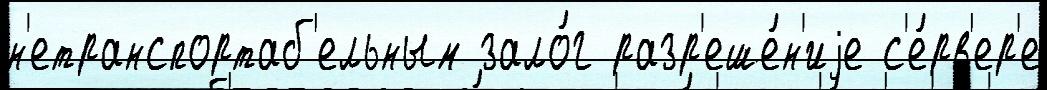
н'етранспортаб'ельным зало́г разр'еше́н'иjе с'е́рв'ер'е